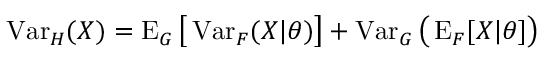
\operatorname { V a r } _ { H } ( X ) = \operatorname { E } _ { G } { \bigl [ } \operatorname { V a r } _ { F } ( X | \theta ) { \bigr ] } + \operatorname { V a r } _ { G } { \bigl ( } \operatorname { E } _ { F } [ X | \theta ] { \bigr ) }